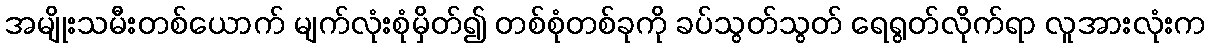
အမျိုးသမီးတစ်ယောက် မျက်လုံးစုံမှိတ်၍ တစ်စုံတစ်ခုကို ခပ်သွတ်သွတ် ရေရွတ်လိုက်ရာ လူအားလုံးက